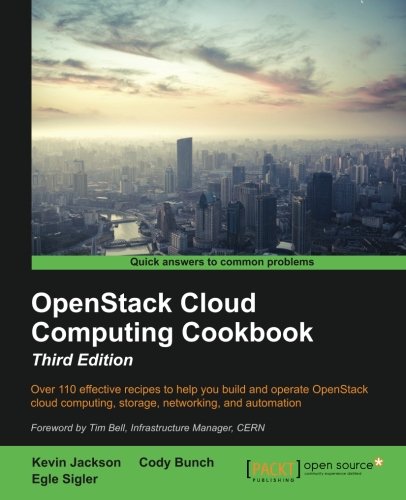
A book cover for OpenStack Cloud Computing Cookbook - Third Edition; Kevin Jackson; Computers & Technology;